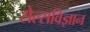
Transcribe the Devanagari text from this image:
सेल्सविज्ञान